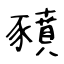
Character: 豶